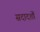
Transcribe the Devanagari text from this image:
सदादर्शों